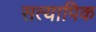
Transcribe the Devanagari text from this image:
सत्यापिक